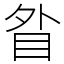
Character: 䀤